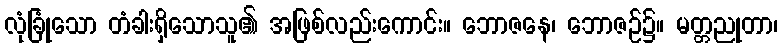
လုံခြုံသော တံခါးရှိသောသူ၏ အဖြစ်လည်းကောင်း။ ဘောဇနေ၊ ဘောဇဉ်၌။ မတ္တညုတာ၊